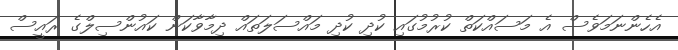
އެހެންނަމަވެސް އެ މަސައްކަތް ކުރުމުގައި ކުދި ކުދި މައްސަލަތައް ދިމާވާކަން ކައުންސިލްގެ ރައީސް